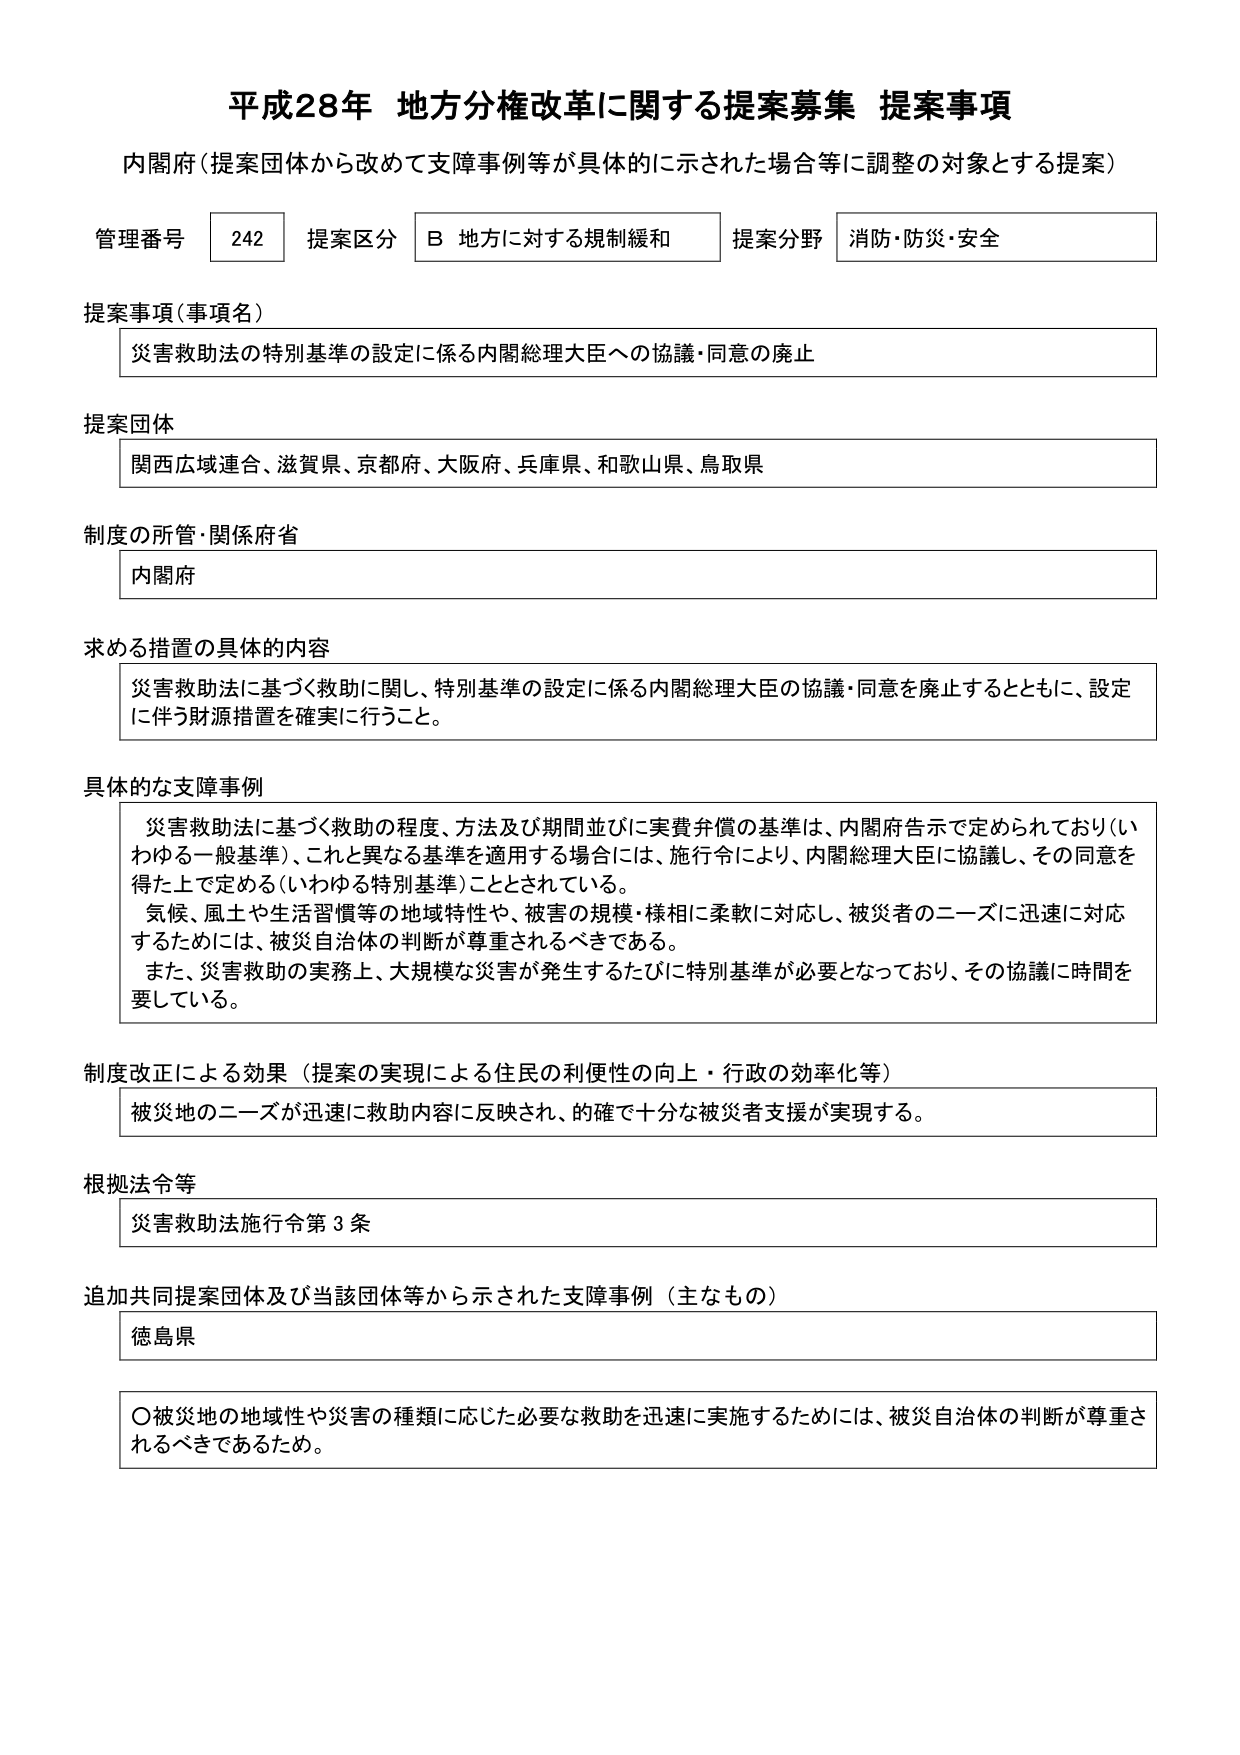
平成28年 地方分権改革に関する提案募集 提案事項
内閣府（提案団体から改めて支障事例等が具体的に示された場合等に調整の対象とする提案）

管理番号 242 提案区分 B 地方に対する規制緩和 提案分野 消防・防災・安全

提案事項（事項名）
災害救助法の特別基準の設定に係る内閣総理大臣への協議・同意の廃止

提案団体
関西広域連合、滋賀県、京都府、大阪府、兵庫県、和歌山県、鳥取県

制度の所管・関係府省
内閣府

求める措置の具体的内容
災害救助法に基づく救助に関し、特別基準の設定に係る内閣総理大臣の協議・同意を廃止するとともに、設定に伴う財源措置を確実に行うこと。

具体的な支障事例
災害救助法に基づく救助の程度、方法及び期間並びに実費弁償の基準は、内閣府告示で定められており（いわゆる一般基準）、これと異なる基準を適用する場合には、施行令により、内閣総理大臣に協議し、その同意を得た上で定める（いわゆる特別基準）こととされている。
気候、風土や生活習慣等の地域特性や、被害の規模・様相に柔軟に対応し、被災者のニーズに迅速に対応するためには、被災自治体の判断が尊重されるべきである。
また、災害救助の実務上、大規模な災害が発生するたびに特別基準が必要となっており、その協議に時間を要している。

制度改正による効果（提案の実現による住民の利便性の向上・行政の効率化等）
被災地のニーズが迅速に救助内容に反映され、的確で十分な被災者支援が実現する。

根拠法令等
災害救助法施行令第3条

追加共同提案団体及び当該団体等から示された支障事例（主なもの）
徳島県

〇被災地の地域性や災害の種類に応じた必要な救助を迅速に実施するためには、被災自治体の判断が尊重されるべきであるため。